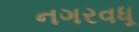
નગરવધૂ